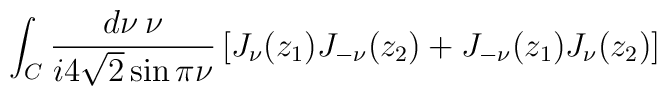
\int_C    \frac{d\nu \:    \nu}{i 4\sqrt{2} \sin \pi\nu} \left[ J_\nu(z_1) J_{-\nu}(z_2) +    J_{-\nu}(z_1) J_\nu(z_2) \right]    \;\;\;\;\;\;\;\;\;\;\;\;\;\;\;\;\;\;\;\;\;